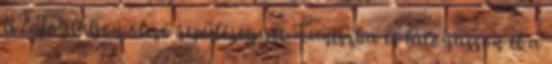
is? Foglaljon olcsó repülőjegyet Tuniszba és látogasson el a